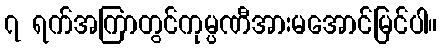
၇ ရက်အကြာတွင်ကုမ္ပဏီအားမအောင်မြင်ပါ။